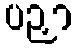
ပဉှာ